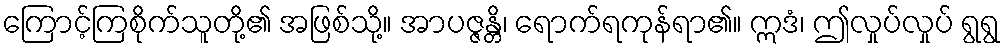
ကြောင့်ကြစိုက်သူတို့၏ အဖြစ်သို့။ အာပဇ္ဇန္တိ၊ ရောက်ရကုန်ရာ၏။ ဣဒံ၊ ဤလှုပ်လှုပ် ရွရွ